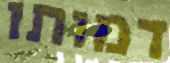
דמותו